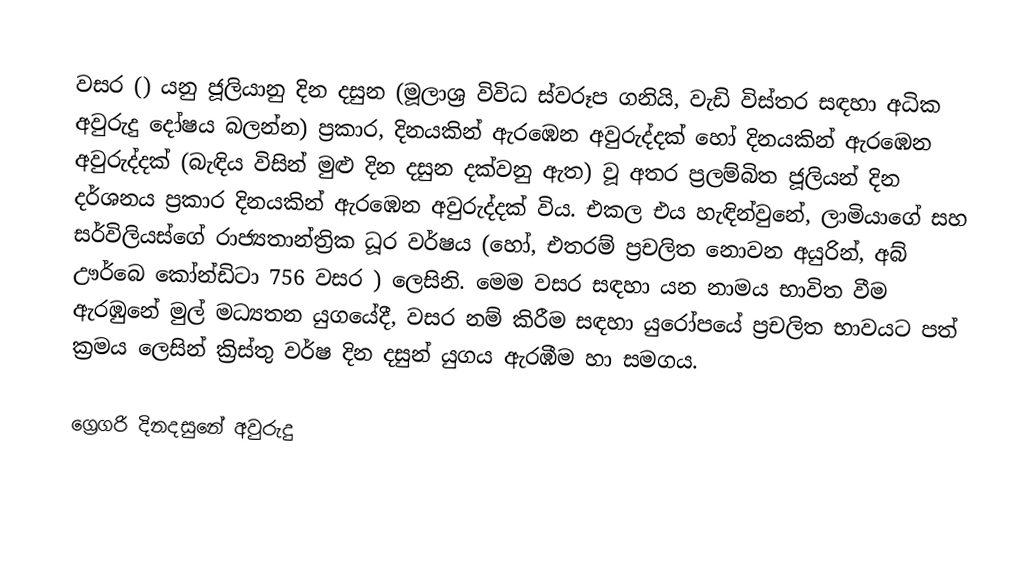

වසර   () යනු  ජූලියානු දින දසුන (මූලාශ්‍ර විවිධ ස්වරූප ගනියි, වැඩි විස්තර සඳහා අධික අවුරුදු දෝෂය බලන්න) ප්‍රකාර,    දිනයකින් ඇරඹෙන  අවුරුද්දක් හෝ   දිනයකින් ඇරඹෙන  අවුරුද්දක්  (බැඳිය විසින් මුළු දින දසුන දක්වනු ඇත) වූ අතර ප්‍රලම්බිත ජූලියන් දින දර්ශනය ප්‍රකාර   දිනයකින් ඇරඹෙන  අවුරුද්දක් විය. එකල එය හැඳින්වුනේ, ලාමියාගේ සහ  සර්විලියස්ගේ රාජ්‍යතාන්ත්‍රික  ධූර වර්ෂය  (හෝ, එතරම් ප්‍රචලිත නොවන අයුරින්,  අබ් ඌර්බෙ කෝන්ඩිටා 756   වසර  ) ලෙසිනි. මෙම වසර සඳහා   යන නාමය භාවිත වීම ඇරඹුනේ මුල් මධ්‍යතන යුගයේදී, වසර නම් කිරීම සඳහා යුරෝපයේ ප්‍රචලිත භාවයට පත් ක්‍රමය ලෙසින් ක්‍රිස්තු වර්ෂ දින දසුන් යුගය ඇරඹීම හා සමගය.

ග්‍රෙගරි දිනදසුනේ අවුරුදු